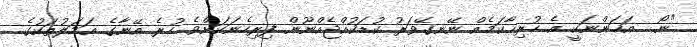
"ނޯ... އަހަންނަކީ އެ ހުރިހާކަމެއް ނޭނގޭވަރު ކުޑަކުއްޖެއްނޫން ފިރިހެނަކަށްވެ ހުރެ އޭނާގެ ޢަމަލުތަކުގެ